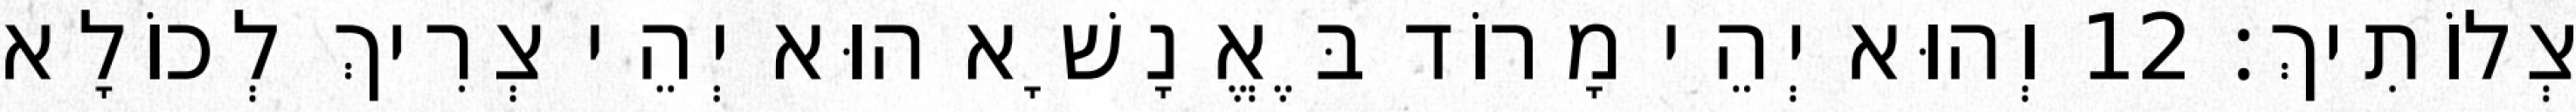
צְלוֹתִיךְ׃ 12 וְהוּא יְהֵי מָרוֹד בֶּאֱנָשָׁא הוּא יְהֵי צְרִיךְ לְכוֹלָא